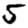
Digit: 5